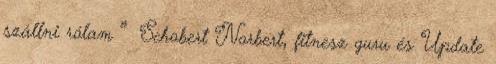
szállni rólam ” Schobert Norbert, fitnesz guru és Update